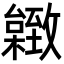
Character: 𦥐